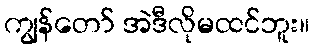
ကျွန်တော် အဲဒီလိုမထင်ဘူး။